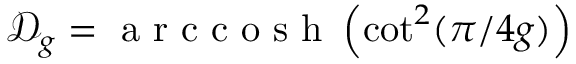
\mathscr { D } _ { g } = \textnormal { a r c c o s h } \left( \cot ^ { 2 } ( \pi / 4 g ) \right)